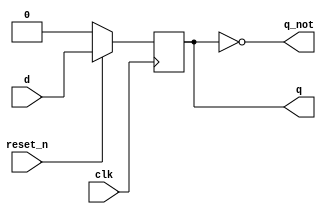
module d_ff_sync_rstn(
    input d,
    input clk,
    input reset_n,
    output reg q,
    output q_not
);

    always @(posedge clk) begin
        if(!reset_n)
            q <= 1'b0;
        else
            q <= d;
    end

    assign q_not = ~q;

    endmodule